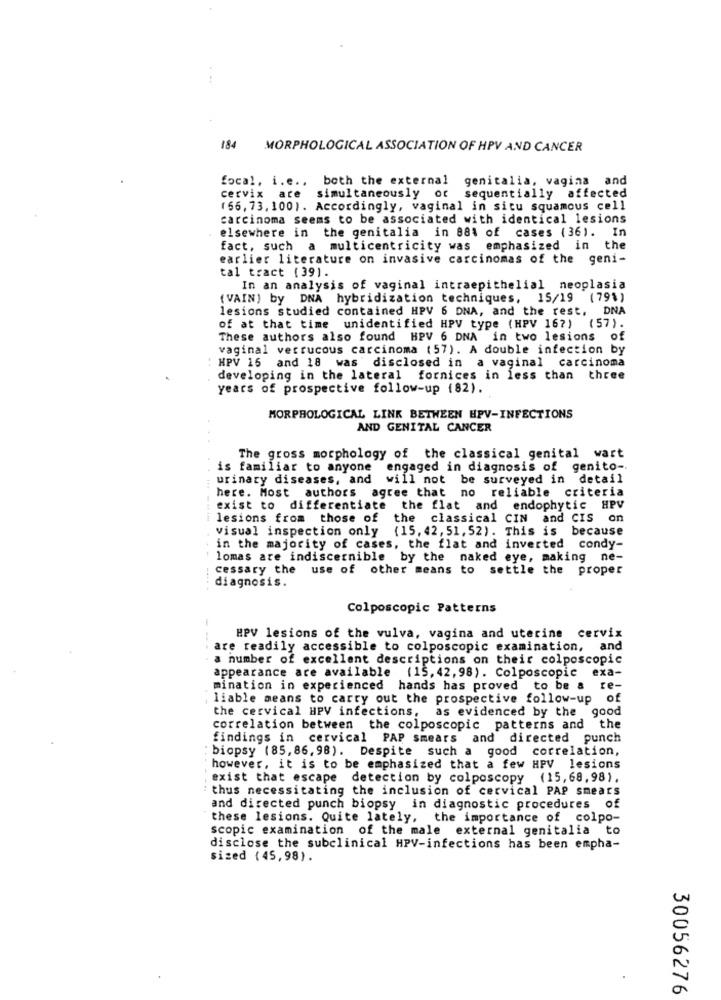
184 MORPHOLOGICAL ASSOCIATION OF HPV AND CANCER
focal, i.e ., both the external
genitalia, vagina and
cervix are simultaneously or sequentially affected
(66, 73, 100). Accordingly, vaginal in situ squamous cell
carcinoma seems to be associated with identical lesions
elsewhere in the genitalia in 88% of cases (36). In
fact, such a multicentricity was emphasized in the
earlier literature on invasive carcinomas of the geni-
tal tract (39).
In an analysis of vaginal intraepithelial neoplasia
(VAIN) by DNA hybridization techniques, 15/19 (79%)
lesions studied contained HPV 6 DNA, and the rest, DNA
of at that time unidentified HPV type (HPV 16?) (57).
These authors also found HPV 6 DNA in two lesions of
vaginal verrucous carcinoma (57). A double infection by
HPV 15 and 18 was disclosed in a vaginal carcinoma
developing in the lateral fornices in less than three
years of prospective follow-up (82).
MORPHOLOGICAL LINK BETWEEN HPV-INFECTIONS
AND GENITAL CANCER
The gross morphology of the classical genital wart
is familiar to anyone engaged in diagnosis of
genito -.
urinary diseases, and will not be surveyed in detail
here. Most authors agree that no reliable criteria
exist to differentiate the flat and endophytic HPV
lesions from those of
the classical CIN and CIS on
visual inspection only (15, 42, 51, 52). This is because
in the majority of cases, the flat and inverted condy-
lomas are indiscernible by the naked eye, making ne-
cessary the use of other means to settle the proper
diagnosis.
Colposcopic Patterns
HPV lesions of the vulva, vagina and uterine cervix
are readily accessible to colposcopic examination, and
a number of excellent descriptions on their colposcopic
appearance are available (15, 42, 98). Colposcopic exa-
mination in experienced hands has proved to be a re-
liable means to carry out the prospective follow-up of
the cervical HPV infections, as evidenced by the good
correlation between the colposcopic patterns and the
findings in cervical PAP smears and directed punch
: biopsy (85, 86, 98). Despite such a good correlation,
however, it is to be emphasized that a few HPV lesions
exist that escape detection by colposcopy (15,68,98).
thus necessitating the inclusion of cervical PAP smears
and directed punch biopsy in diagnostic procedures of
these lesions. Quite lately, the importance of colpo-
scopic examination of the male external genitalia to
disclose the subclinical HPV-infections has been empha-
sized (45,98).
30056276